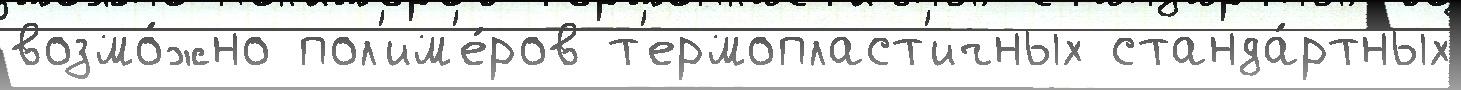
возмо́жно пол'им'е́ров т'ермопласт'ичных станда́ртных